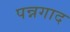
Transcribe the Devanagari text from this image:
पन्नगाद